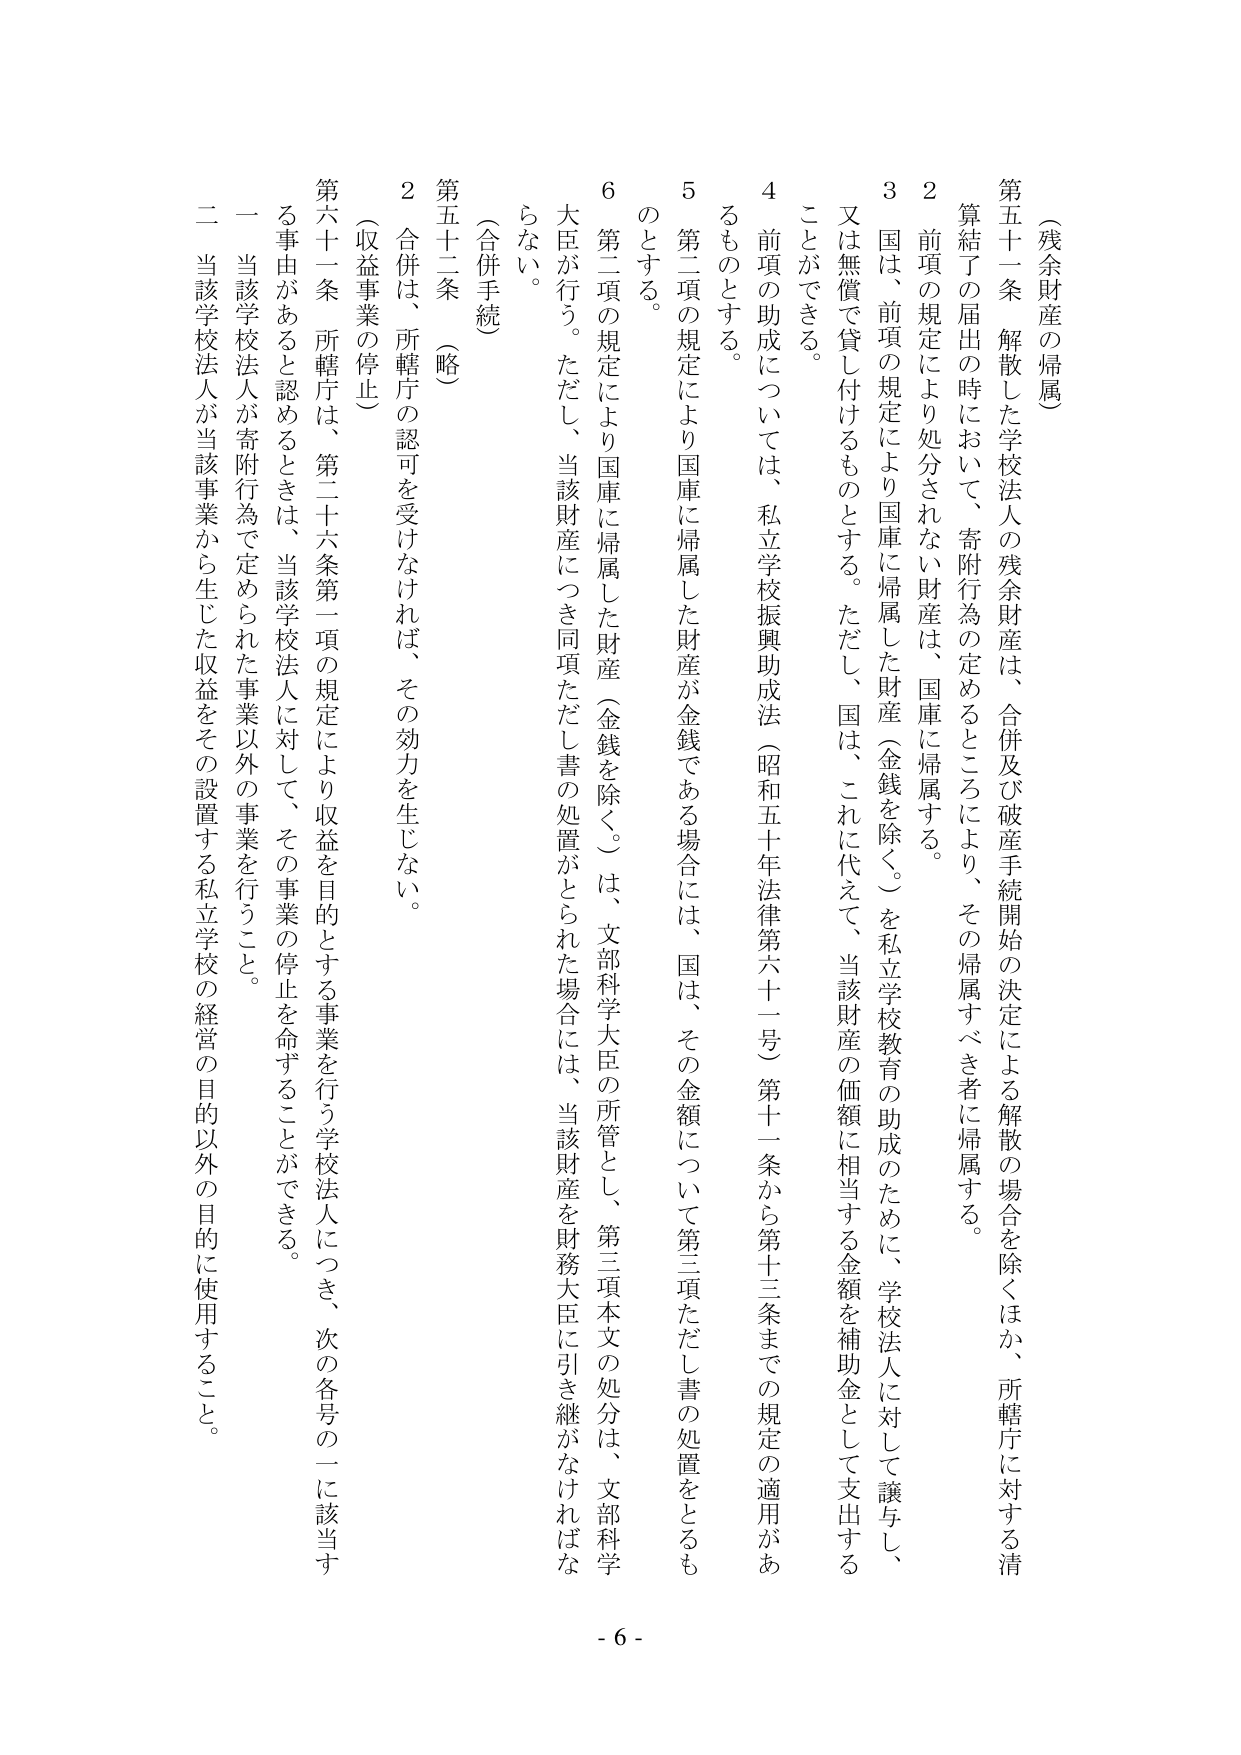
（残余財産の帰属）

第五十一条 解散した学校法人の残余財産は、合併及び破産手続開始の決定による解散の場合を除くほか、所轄庁に対する清算結了の届出の時において、寄附行為の定めるところにより、その帰属すべき者に帰属する。

２ 前項の規定により処分されない財産は、国庫に帰属する。

３ 国は、前項の規定により国庫に帰属した財産（金銭を除く。）を私立学校教育の助成のために、学校法人に対して譲与し、又は無償で貸し付けるものとする。ただし、国は、これに代えて、当該財産の価額に相当する金額を補助金として支出することができる。

４ 前項の助成については、私立学校振興助成法（昭和五十年法律第六十一号）第十一條から第十三條までの規定の適用があるものとする。

５ 第二項の規定により国庫に帰属した財産が金銭である場合には、国は、その金額について第三項ただし書の処置をとるものとする。

６ 第二項の規定により国庫に帰属した財産（金銭を除く。）は、文部科学大臣の所管とし、第三項本文の処分は、文部科学大臣が行う。ただし、当該財産につき同項ただし書の処置がとられた場合には、当該財産を財務大臣に引き継がなければならない。

（合併手続）

第五十二条 （略）

２ 合併は、所轄庁の認可を受けなければ、その効力を生じない。

（収益事業の停止）

第六十一条 所轄庁は、第二十六条第一項の規定により収益を目的とする事業を行う学校法人につき、次の各号の一に該当する事由があると認めるときは、当該学校法人に対して、その事業の停止を命ずることができる。

一 当該学校法人が寄附行為で定められた事業以外の事業を行うこと。

二 当該学校法人が当該事業から生じた収益をその設置する私立学校の経営の目的以外の目的に使用すること。

- 6 -